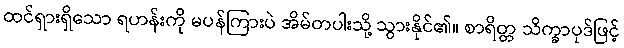
ထင်ရှားရှိသော ရဟန်းကို မပန်ကြားပဲ အိမ်တပါးသို့ သွားနိုင်၏။ စာရိတ္တ သိက္ခာပုဒ်ဖြင့်